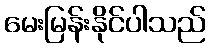
မေးမြန်းနိုင်ပါသည်